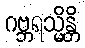
ဂဗ္ဘရသ္မိန္တိ